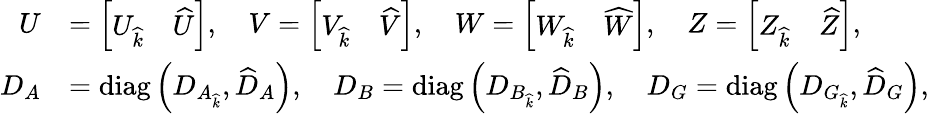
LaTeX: \begin{array}{rl}{U}&{=\left[\begin{array}{ll}{U_{\widehat{k}}}&{\widehat{U}}\end{array}\right],\quad V=\left[\begin{array}{ll}{V_{\widehat{k}}}&{\widehat{V}}\end{array}\right],\quad W=\left[\begin{array}{ll}{W_{\widehat{k}}}&{\widehat{W}}\end{array}\right],\quad Z=\left[\begin{array}{ll}{Z_{\widehat{k}}}&{\widehat{Z}}\end{array}\right],}\\ {D_{A}}&{=\operatorname{diag}\left(D_{A_{\widehat{k}}},\widehat{D}_{A}\right),\quad D_{B}=\operatorname{diag}\left(D_{B_{\widehat{k}}},\widehat{D}_{B}\right),\quad D_{G}=\operatorname{diag}\left(D_{G_{\widehat{k}}},\widehat{D}_{G}\right),}\end{array}